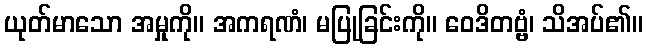
ယုတ်မာသော အမှုကို။ အကရဏံ၊ မပြုခြင်းကို။ ဝေဒိတဗ္ဗံ၊ သိအပ်၏။